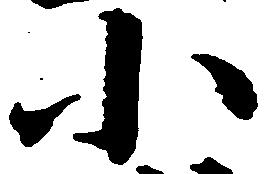
小